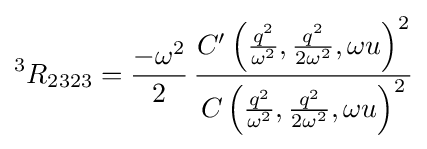
{{}^{3}R}_{2323}={\frac {-\omega ^{2}}{2}}\,{\frac {C^{\prime }\left({\frac {q^{2}}{\omega ^{2}}},{\frac {q^{2}}{2\omega ^{2}}},\omega u\right)^{2}}{C\left({\frac {q^{2}}{\omega ^{2}}},{\frac {q^{2}}{2\omega ^{2}}},\omega u\right)^{2}}}